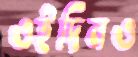
ওইদিনও